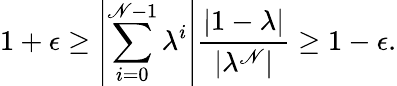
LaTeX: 1+\epsilon\ge\left|\sum_{i=0}^{\mathscr{N}-1}\lambda^{i}\right|\frac{{|1-\lambda|}}{{|\lambda^{\mathscr{N}}|}}\ge1-\epsilon.